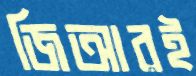
জিআরই